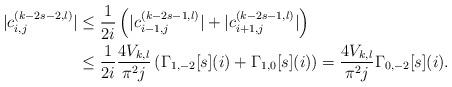
LaTeX: \begin{align*}|c_{i,j}^{(k-2s-2,l)}| & \le \dfrac{1}{2i}\left(|c_{i-1,j}^{(k-2s-1,l)}| + |c_{i+1,j}^{(k-2s-1,l)}|\right)\\ & \leq \dfrac{1}{2i} \frac{4V_{k,l}}{\pi^2j}\left(\Gamma_{1,-2}[s](i)+\Gamma_{1,0}[s](i)\right)= \dfrac{4V_{k,l}}{\pi^2j}\Gamma_{0,-2}[s](i).\end{align*}